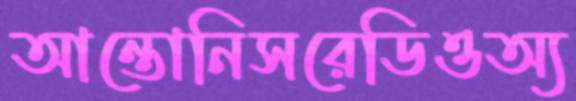
আন্তোনিসরেডিওঅ্য